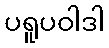
ပရူပဝါဒါ